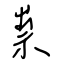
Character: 祟